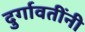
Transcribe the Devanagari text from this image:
दुर्गावतींनी